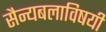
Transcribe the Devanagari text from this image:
सैन्यबलाविषयी